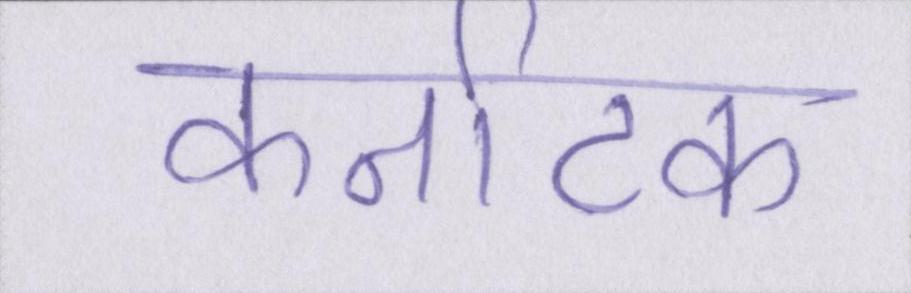
कर्नाटक